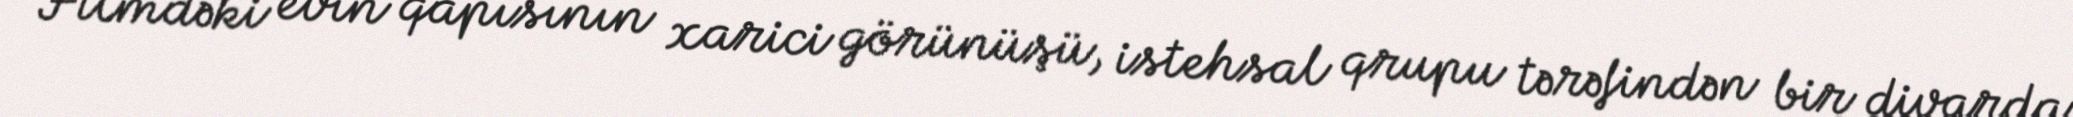
Filmdəki evin qapısının xarici görünüşü, istehsal qrupu tərəfindən bir divarda